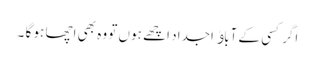
اگر کسی کے آباﺅ اجداد اچھے ہوں تو وہ بھی اچھا ہو گا ۔